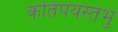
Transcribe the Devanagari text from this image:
कतिपयस्तभु